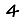
Digit: 4